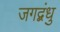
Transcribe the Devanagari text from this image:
जगद्बंधु